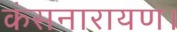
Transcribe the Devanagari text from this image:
कंसनारायण।